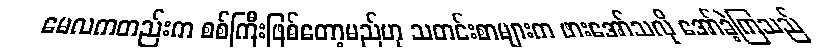
မေလကတည်းက စစ်ကြီးဖြစ်တော့မည်ဟု သတင်းစာများက ဖားအော်သလို အော်ခဲ့ကြသည်